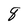
Character: 8